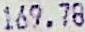
169.78